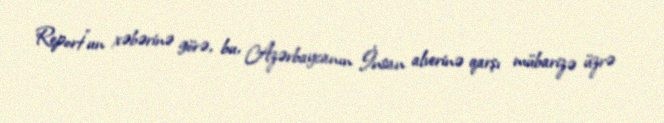
Report"un xəbərinə görə, bu, Azərbaycanın İnsan alverinə qarşı mübarizə üzrə